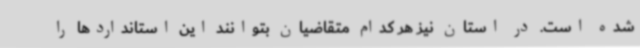
شده است. در استان نیز هر کدام متقاضیان بتوانند این استانداردها را